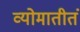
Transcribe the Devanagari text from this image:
व्योमातीतं